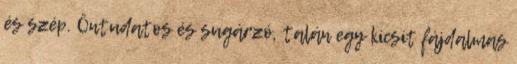
és szép. Öntudatos és sugárzó, talán egy kicsit fájdalmas